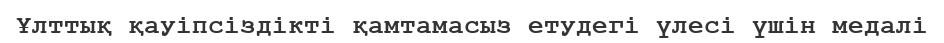
Ұлттық қауіпсіздікті қамтамасыз етудегі үлесі үшін медалі